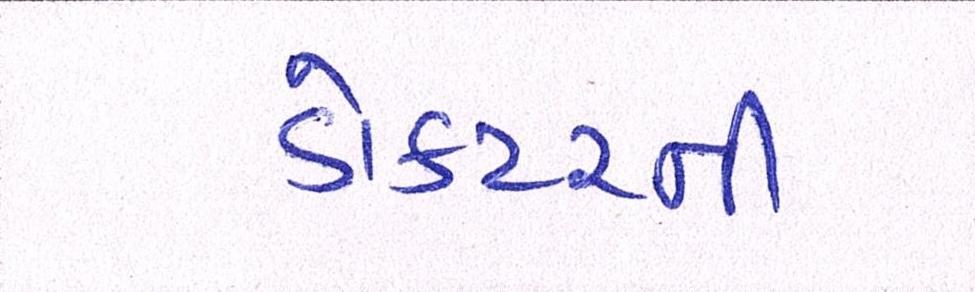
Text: ડોકટરની